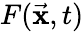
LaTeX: F({\vec{\textbf{x}}},t)